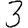
Digit: 3